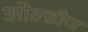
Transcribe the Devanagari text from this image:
ओल्डीज